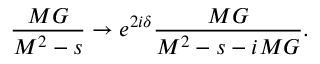
\frac { M G } { M ^ { 2 } - s } \rightarrow e ^ { 2 i \delta } \frac { M G } { M ^ { 2 } - s - i M G } .